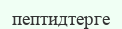
пептидтерге